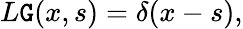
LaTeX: L\mathtt{G}(x,s)=\delta(x-s),